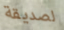
لصديقة